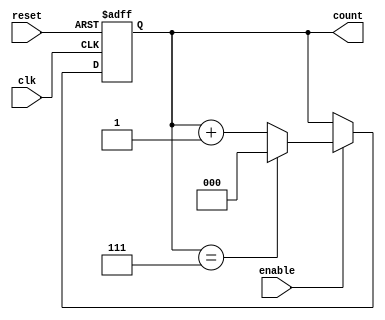
module binary_up_counter (
    input wire clk,        // Clock signal
    input wire reset,      // Asynchronous reset signal
    input wire enable,     // Enable signal
    output reg [n-1:0] count // Counter output (n-bit wide)
);
    parameter n = 3; // Number of bits for the counter (default is 3)

    // Always block triggered on the rising edge of the clock or when reset is asserted
    always @(posedge clk or posedge reset) begin
        if (reset) begin
            count <= 0; // Reset the counter to 0
        end else if (enable) begin
            if (count == (2**n - 1)) begin
                count <= 0; // Wrap around to 0 if maximum value is reached
            end else begin
                count <= count + 1; // Increment the counter
            end
        end
    end
endmodule